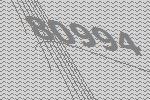
80994